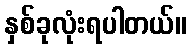
နှစ်ခုလုံးရပါတယ်။